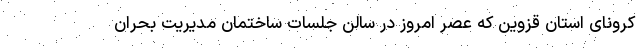
کرونای استان قزوین که عصر امروز در سالن جلسات ساختمان مدیریت بحران